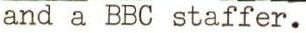
and a BBC staffer.